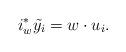
LaTeX: \begin{align*} i_w^* \tilde{y_i} = w \cdot u_i.\end{align*}